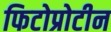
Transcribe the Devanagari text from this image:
फिटोप्रोटीन